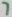
Text: 7